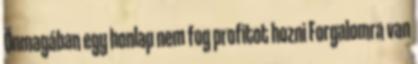
Önmagában egy honlap nem fog profitot hozni Forgalomra van